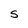
Character: S